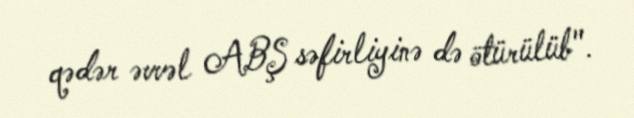
qədər əvvəl ABŞ səfirliyinə də ötürülüb".